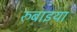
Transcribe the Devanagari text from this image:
रुबाइया